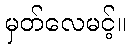
မှတ်လေမင့်။